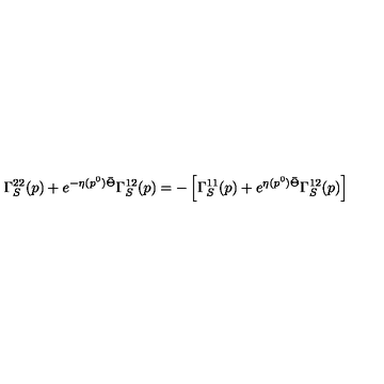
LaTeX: \Gamma _ { S } ^ { 2 2 } ( p ) + e ^ { - \eta ( p ^ { 0 } ) \bar { \Theta } } \Gamma _ { S } ^ { 1 2 } ( p ) = - \left[ \Gamma _ { S } ^ { 1 1 } ( p ) + e ^ { \eta ( p ^ { 0 } ) \bar { \Theta } } \Gamma _ { S } ^ { 1 2 } ( p ) \right]